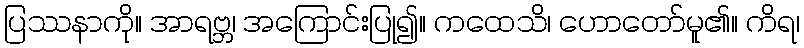
ပြဿနာကို။ အာရဗ္ဘ၊ အကြောင်းပြု၍။ ကထေသိ၊ ဟောတော်မူ၏။ ကိရ၊